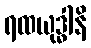
ရထယုဒ္ဓါနိ